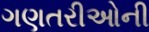
ગણતરીઓની